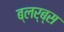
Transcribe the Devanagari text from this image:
ब्लर्ब्स